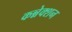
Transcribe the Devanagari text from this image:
कन्नेक्शन